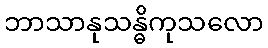
ဘာသာနုသန္ဓိကုသလော